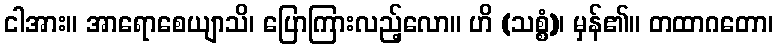
ငါအား။ အာရောစေယျာသိ၊ ပြောကြားလည့်လော။ ဟိ (သစ္စံ)၊ မှန်၏။ တထာဂတော၊